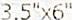
3.5"X6"